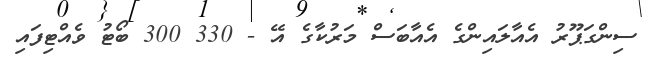
ސިންގަޕޫރު އެއާލައިންގެ އެއާބަސް މަރުކާގެ އޭ - 330 300 ބޯޓު ވެއްޓިފައި